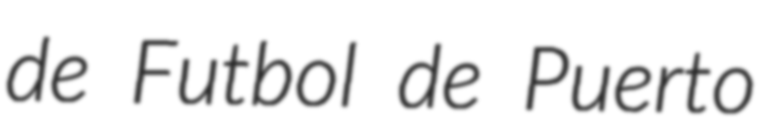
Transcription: de Futbol de Puerto